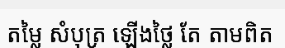
តម្លៃ សំបុត្រ ឡើងថ្លៃ តែ តាមពិត